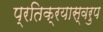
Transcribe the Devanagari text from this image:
प्रतिक्रयास्वरुप